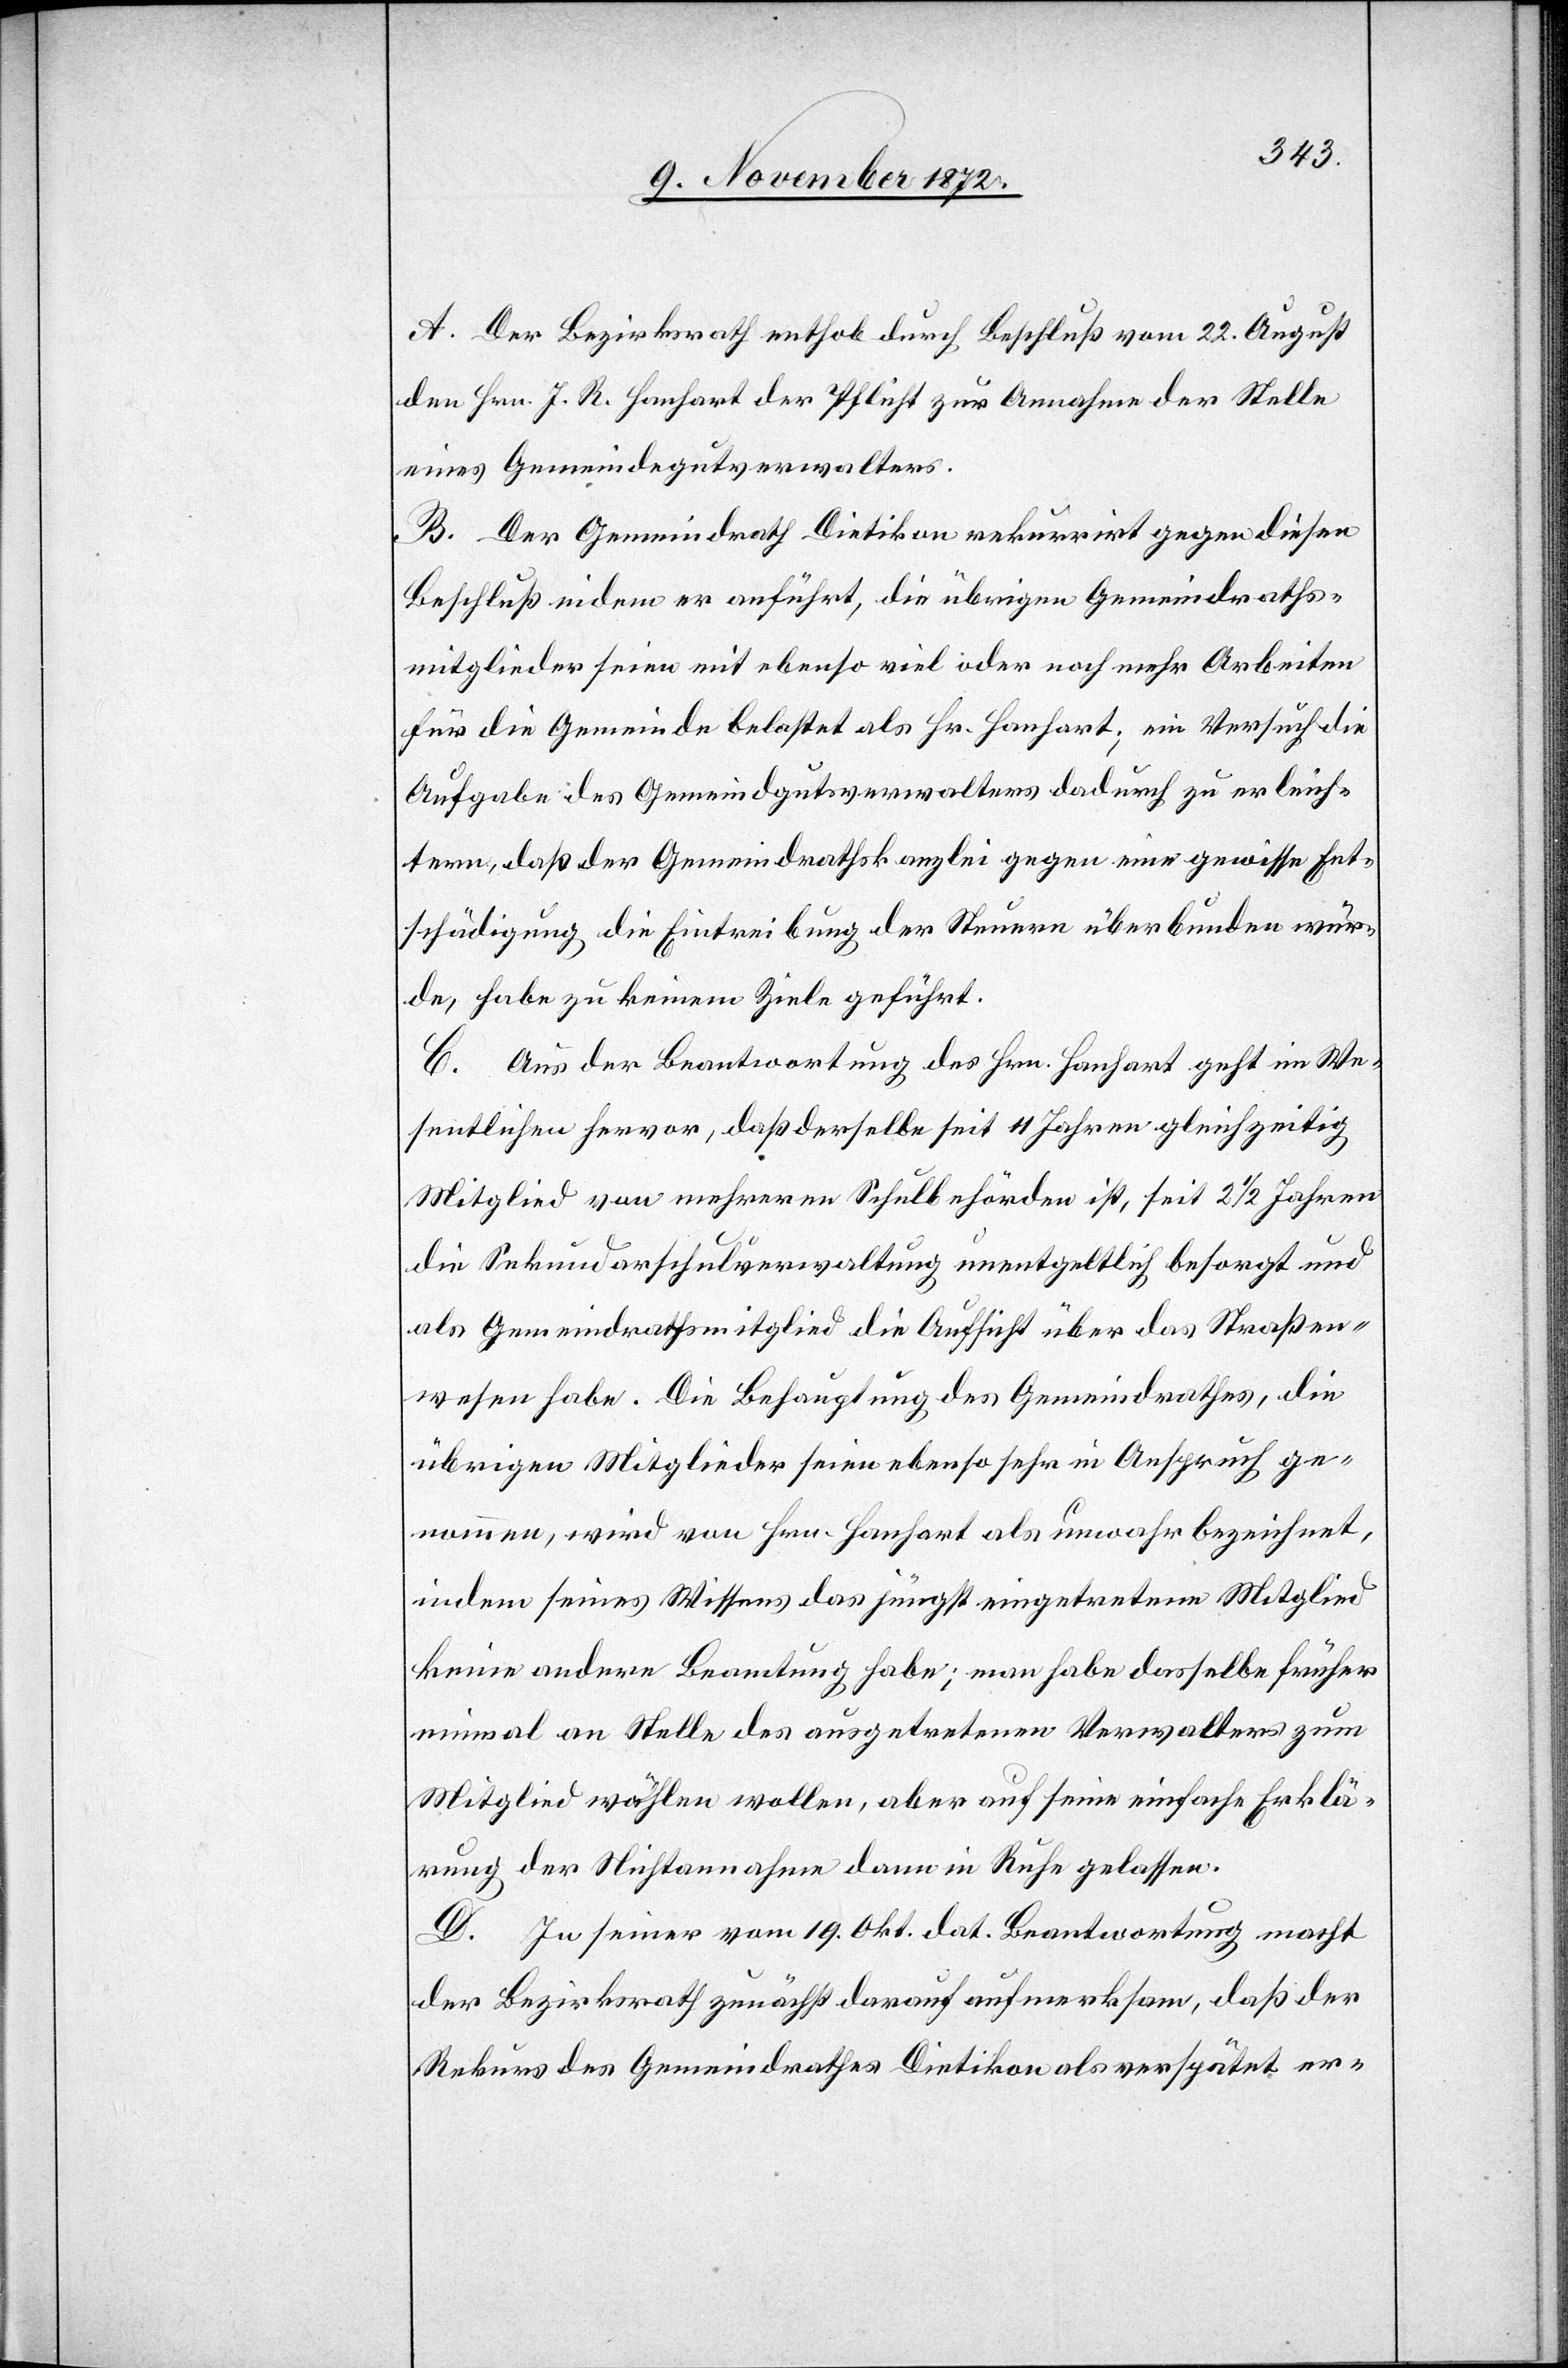
A. Der Bezirksrath enthob durch Beschluß vom 22. August
den Hrn. J. R. Hanhart der Pflicht zur Annahme der Stelle
eines Gemeindegutsverwalters.
B. Der Gemeindrath Dietikon rekurrirt gegen diesen
Beschluß indem er anführt, die übrigen Gemeindraths¬
mitglieder seien mit ebenso viel oder noch mehr Arbeiten
für die Gemeinde belastet als Hr. Hanhart; ein Versuch die
Aufgabe des Gemeindgutsverwalters dadurch zu erleich¬
tern, daß der Gemeindrathkanzlei gegen eine gewisse Ent¬
schädigung die Eintreibung der Steuern überbunden wür¬
de, habe zu keinem Ziele geführt.
C. Aus der Beantwortung des Hrn. Hanhart geht im We¬
sentlichen hervor, daß derselbe seit 11 Jahren gleichzeitig
Mitglied von mehreren Schulbehörden ist, seit 2 1/2 Jahren
die Sekundarschulverwaltung unentgeltlich besorgt und
als Gemeindrathsmitglied die Aufsicht über das Straßen¬
wesen habe. Die Behauptung des Gemeindrathes, die
übrigen Mitglieder seien ebenso sehr in Anspruch ge¬
nommen, wird von Hrn. Hanhart als unwahr bezeichnet,
indem seines Wissens das jüngst eingetretene Mitglied
keine andere Beamtung habe; man habe dasselbe früher
einmal an Stelle des ausgetretenen Verwalters zum
Mitglied wählen wollen, aber auf seine einfache Erklä¬
rung der Nichtannahme dann in Ruhe gelassen.
D. In seiner vom 19. Okt. dat. Beantwortung macht
der Bezirksrath zunächst darauf aufmerksam, daß der
Rekurs des Gemeindrathes Dietikon als verspätet er-